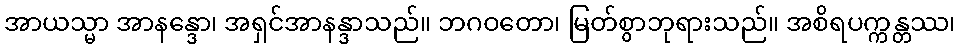
အာယသ္မာ အာနန္ဒော၊ အရှင်အာနန္ဒာသည်။ ဘဂဝတော၊ မြတ်စွာဘုရားသည်။ အစိရပက္ကန္တဿ၊